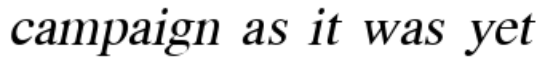
campaign as it was yet